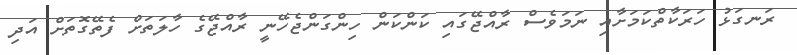
ރަނގަޅު ހަރަކާތްކަމަށާއި ނަމަވެސް ރާއްޖޭގައި ކަންކަން ހިންގަންޖެހޭނީ ރާއްޖޭގެ ހާލަތަށް ފެތޭގޮތަށް އަދި